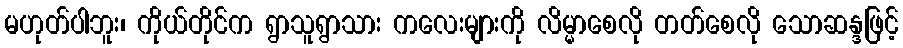
မဟုတ်ပါဘူး၊ ကိုယ်တိုင်က ရွာသူရွာသား ကလေးများကို လိမ္မာစေလို တတ်စေလို သောဆန္ဒဖြင့်